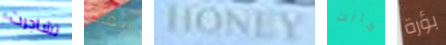
تشاجرت إبقاء HONEY كانت بؤرة